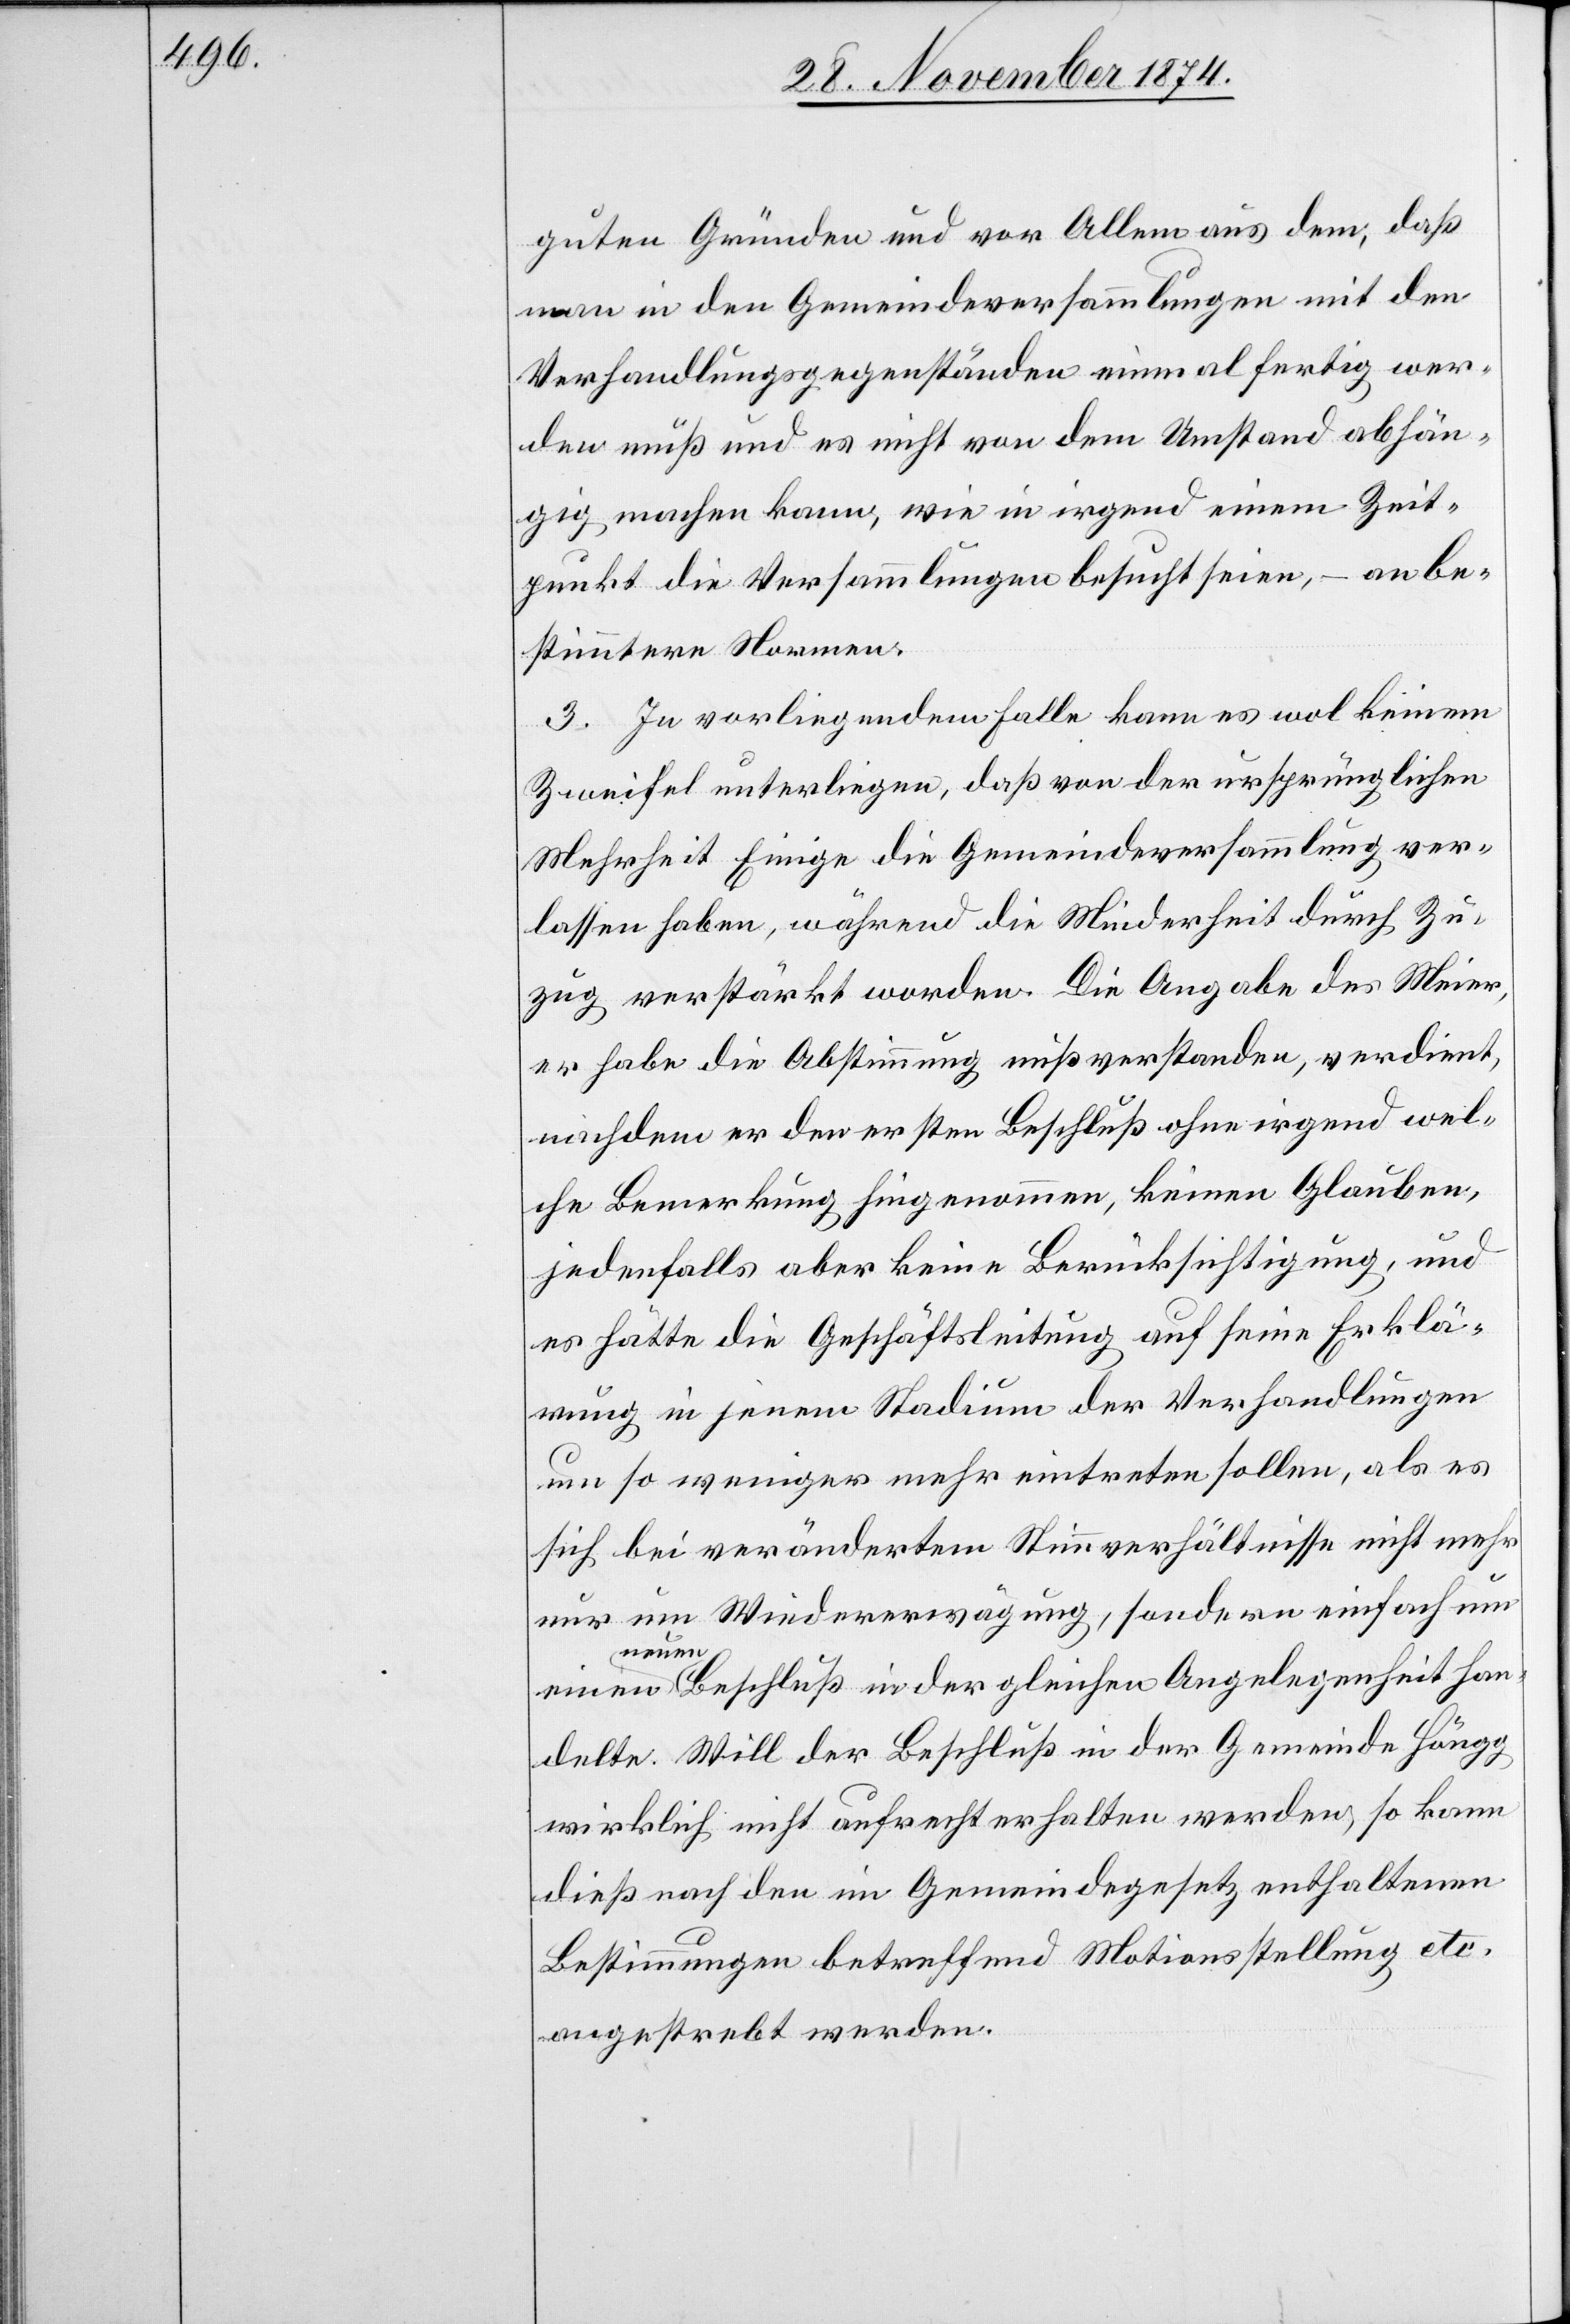
guten Gründen und vor Allem aus dem, daß
man in den Gemeindeversammlungen mit den
Verhandlungsgegenständen einmal fertig wer¬
den muß und es nicht von dem Umstand abhän¬
gig machen kann, wie in irgend einem Zeit¬
punkt die Versammlungen besucht seien, – an be¬
stimmtere Normen.
3. In vorligendem Falle kann es wol keinem
Zweifel unterliegen, daß von der ursprünglichen
Mehrheit Einige die Gemeindeversammlung ver¬
lassen haben, während die Minderheit durch Zu¬
zug verstärkt worden. Die Angabe des Meier,
er habe die Abstimmung mißverstanden, verdient,
nachdem er den ersten Beschluß ohne irgend wel¬
che Bemerkung hingenommen, keinen Glauben,
jedenfalls aber keine Berücksichtigung, und
es hätte die Geschäftsleitung auf seine Erklä¬
rung in jenem Stadium der Verhandlungen
um so weniger mehr eintreten sollen, als es
sich bei verändertem Stimmverhältnisse nicht mehr
nur um Wiedererwägung, sondern einfach um
einen neuen Beschluß in der gleichen Angelegenheit han¬
delte. Will der Beschluß in der Gemeinde Höngg
wirklich nicht aufrecht erhalten werden, so kann
dieß nach den im Gemeindegesetz enthaltene
Bestimmungen betreffend Motionsstellung etc.
angestrebt werden.